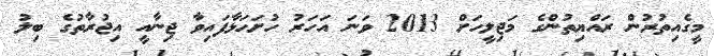
މީގެއިތުރުން ރައްޔިތުންގެ މަޖިލީހަށް 2013 ވަނަ އަހަރު ހުށަހަޅާފައިވާ ޖިނާއީ އިޖުރާތުގެ ބިލު